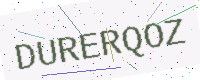
Text: DURERQOZ